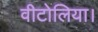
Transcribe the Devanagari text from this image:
वीटोलिया।